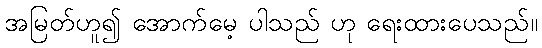
အမြတ်ဟူ၍ အောက်မေ့ ပါသည် ဟု ရေးထားပေသည်။